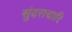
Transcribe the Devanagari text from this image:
सुंदराचारि